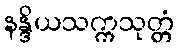
နန္ဒိယသက္ကသုတ္တံ